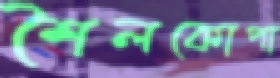
শৈলকোপা